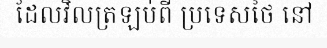
ដែលវិលត្រឡប់ពី ប្រទេសថៃ នៅ